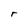
Character: r